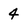
Character: 4